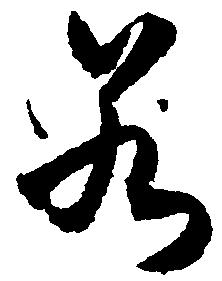
若